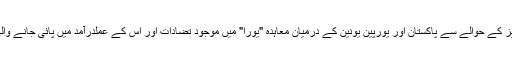
وزیر داخلہ نے اجلاس کے شرکاء کو بتایا کہ ڈی پورٹیز کے حوالے سے پاکستان اور یورپین یونین کے درمیان معاہدہ "یورا" میں موجود تضادات اور اس کے عملدرآمد میں پائی جانے والی بے قاعدگیاں اس معاہدے کی معطلی کا سبب بنی ہیں۔